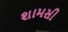
શામસી